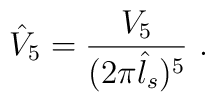
\hat{V}_5 = \frac{V_5}{(2\pi \hat{l}_s)^5 } \ .